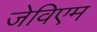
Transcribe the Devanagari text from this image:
जेविएम